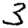
Digit: 3